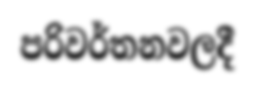
පරිවර්තනවලදී